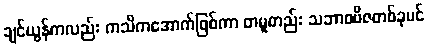
ချင်ယွန်ကလည်း ကသိကအောက်ဖြစ်ကာ တမူတည်း သဘာဝဗီဇတစ်ခုပင်